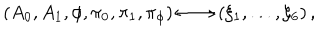
\left( A _ { 0 } , A _ { 1 } , \phi , \pi _ { 0 } , \pi _ { 1 } , \pi _ { \phi } \right) \longleftrightarrow \left( \xi _ { 1 } , . . . , \xi _ { 6 } \right) ,